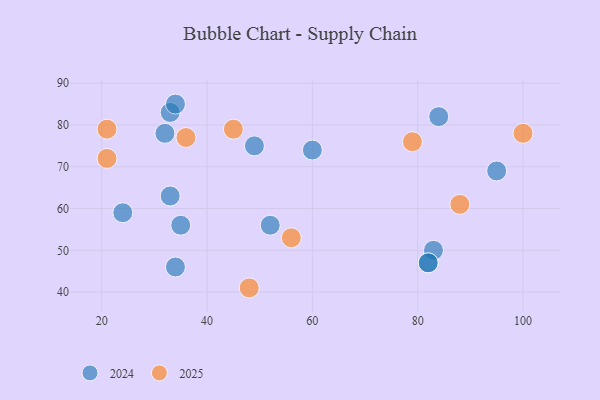
{"axis": {"x": "GDP", "y": "Life Expectancy"}, "legend": ["2024", "2025"], "data": [{"x": "21", "y": 72, "type": "2025"}, {"x": "21", "y": 79, "type": "2025"}, {"x": "79", "y": 76, "type": "2025"}, {"x": "36", "y": 77, "type": "2025"}, {"x": "56", "y": 53, "type": "2025"}, {"x": "88", "y": 61, "type": "2025"}, {"x": "100", "y": 78, "type": "2025"}, {"x": "48", "y": 41, "type": "2025"}, {"x": "45", "y": 79, "type": "2025"}, {"x": "84", "y": 82, "type": "2024"}, {"x": "35", "y": 56, "type": "2024"}, {"x": "33", "y": 83, "type": "2024"}, {"x": "83", "y": 50, "type": "2024"}, {"x": "32", "y": 78, "type": "2024"}, {"x": "49", "y": 75, "type": "2024"}, {"x": "82", "y": 47, "type": "2024"}, {"x": "33", "y": 63, "type": "2024"}, {"x": "34", "y": 85, "type": "2024"}, {"x": "60", "y": 74, "type": "2024"}, {"x": "34", "y": 46, "type": "2024"}, {"x": "52", "y": 56, "type": "2024"}, {"x": "82", "y": 47, "type": "2024"}, {"x": "95", "y": 69, "type": "2024"}, {"x": "24", "y": 59, "type": "2024"}]}